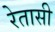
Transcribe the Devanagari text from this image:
रेतासी